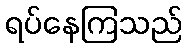
ရပ်နေကြသည်